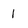
Character: 1